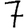
Digit: 7